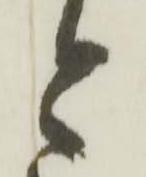
と